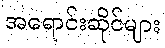
အရောင်းဆိုင်များ